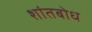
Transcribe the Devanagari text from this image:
शांतबोध